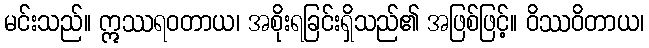
မင်းသည်။ ဣဿရဝတာယ၊ အစိုးရခြင်းရှိသည်၏ အဖြစ်ဖြင့်။ ဝိဿဝိတာယ၊